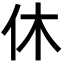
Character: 休